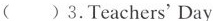
( )3.Teachers'Day